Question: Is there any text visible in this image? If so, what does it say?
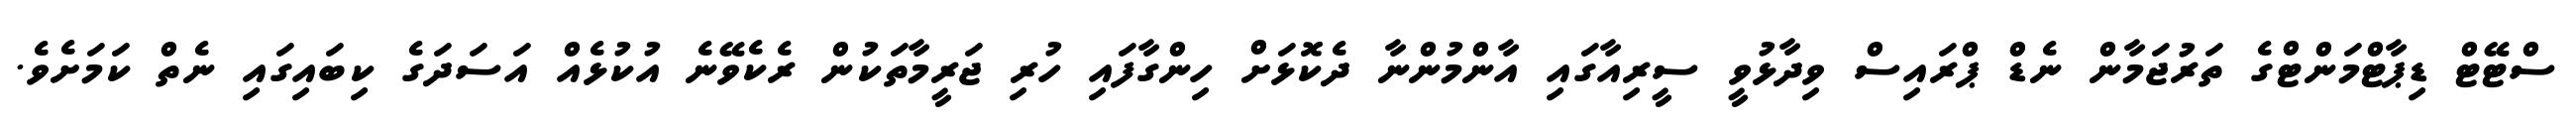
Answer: ސްޓޭޓް ޑިޕާޓްމަންޓްގެ ތަރުޖަމާން ނެޑް ޕްރައިސް ވިދާޅުވީ ސީރިއާގައި އާންމުންނާ ދެކޮޅަށް ހިންގާފައި ހުރި ޖަރީމާތަކުން ރެކެވޭނެ އުކުޅެއް އަސަދަގެ ކިބައިގައި ނެތް ކަމަށެވެ.